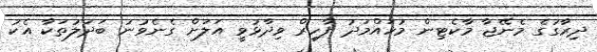
ދިރާގުގެ މެނޭޖާ މާކެޓިން މުހައްމަދު ފާހިރް ވިދާޅުވީ އަލަށް ގެނެވުނު ބަދަލުތަކާ އެކު